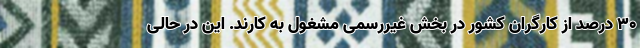
۳۰ درصد از کارگران کشور در بخش غیررسمی مشغول به کارند. این در حالی